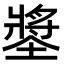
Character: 𡑶